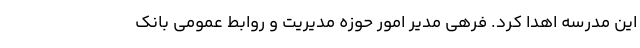
این مدرسه اهدا کرد. فرهی مدیر امور حوزه مدیریت و روابط عمومی بانک